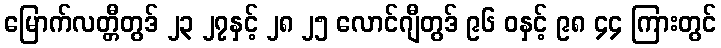
မြောက်လတ္တီတွဒ် ၂၃ ၂၇နှင့် ၂၈ ၂၅ လောင်ဂျီတွဒ် ၉၆ ဝနှင့် ၉၈ ၄၄ ကြားတွင်